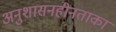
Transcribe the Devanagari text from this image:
अनुशासनहीनताका